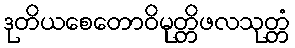
ဒုတိယစေတောဝိမုတ္တိဖလသုတ္တံ